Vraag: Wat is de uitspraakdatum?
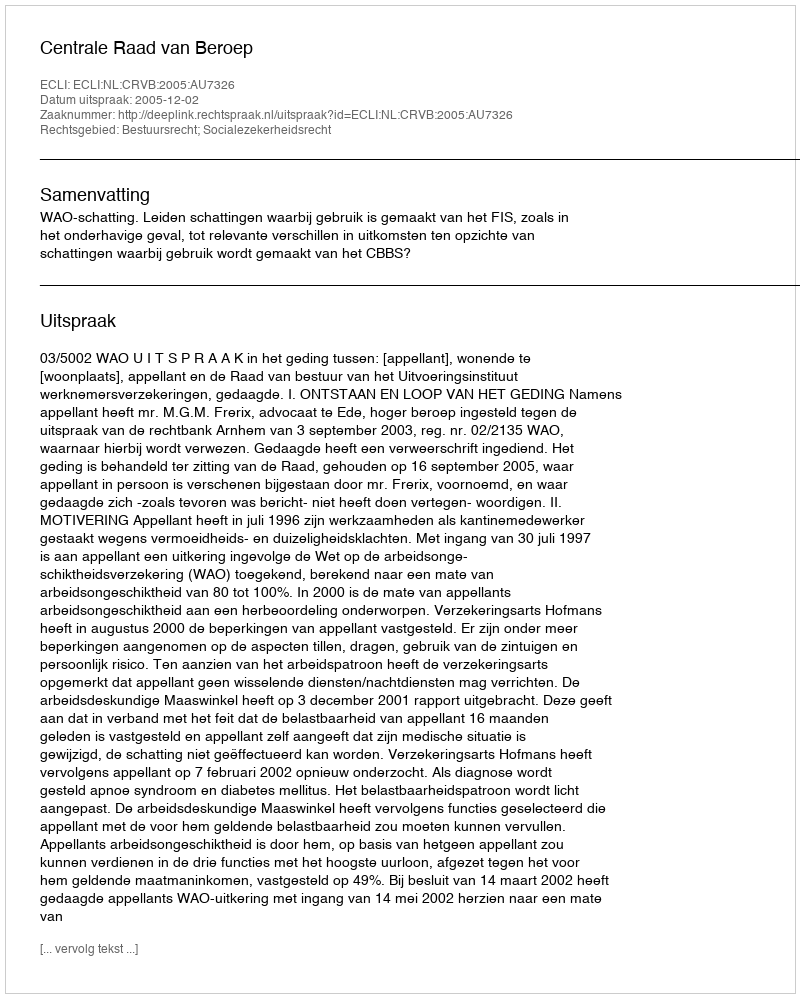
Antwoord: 2005-12-02